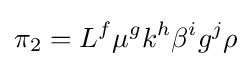
\pi _{2}=L^{f}\mu ^{g}k^{h}\beta ^{i}g^{j}\rho